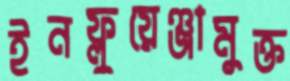
ইনফ্লুয়েঞ্জামুক্ত